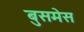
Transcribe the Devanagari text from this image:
बुसमेस